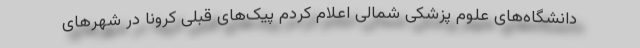
دانشگاه‌های علوم پزشکی شمالی اعلام کردم پیک‌های قبلی کرونا در شهرهای